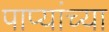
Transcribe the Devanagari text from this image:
पाप्यांच्या